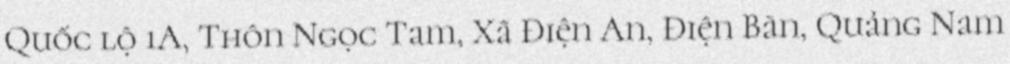
Quốc lộ 1A, Thôn Ngọc Tam, Xã Điện An, Điện Bàn, Quảng Nam